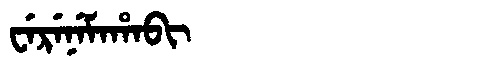
Manchu: ᠸᡝᡵᡝᠨᡝᠮᠠᡥᠠᠪᡳ
Romanization: WERENEMAHABI